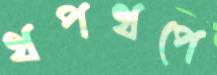
থপথপে